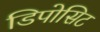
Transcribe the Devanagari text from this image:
डिपोसिट